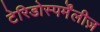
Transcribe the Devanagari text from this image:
टेरिडोस्पर्मेंलीज़